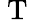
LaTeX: {\mathrm{~T~}}